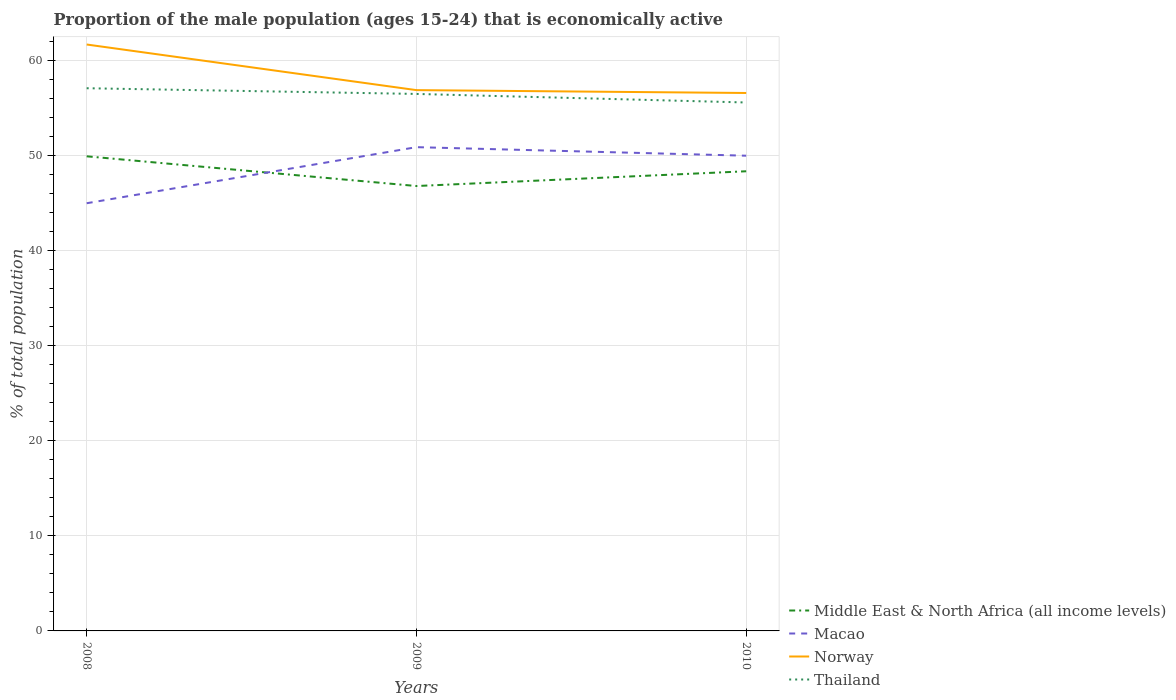
| Years | Middle East & North Africa (all income levels) | Macao | Norway | Thailand |
 | --- | --- | --- | --- | --- |
 | 2008 | 49.9 | 45 | 61.7 | 57.1 |
 | 2009 | 46.8 | 50.9 | 56.9 | 56.5 |
 | 2010 | 48.4 | 50 | 56.6 | 55.6 |